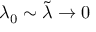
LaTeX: \lambda _ { 0 } \sim \tilde { \lambda } \to 0